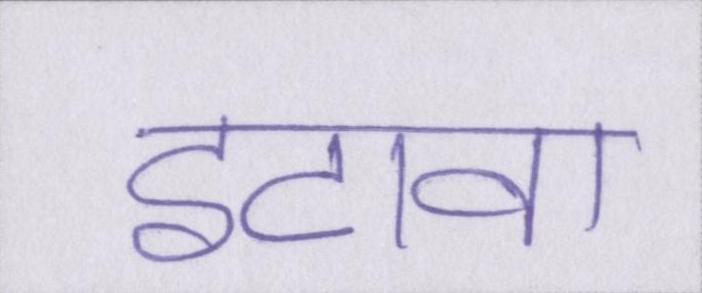
इटावा